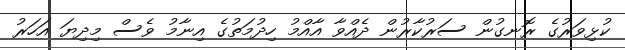
ކުޅިވަރުގެ ރޮނގުން ސަރުކާރުން ދެއްވާ އާއްމު ހިދުމަތުގެ އިނާމު ވެސް މިދިޔަ އަހަރު